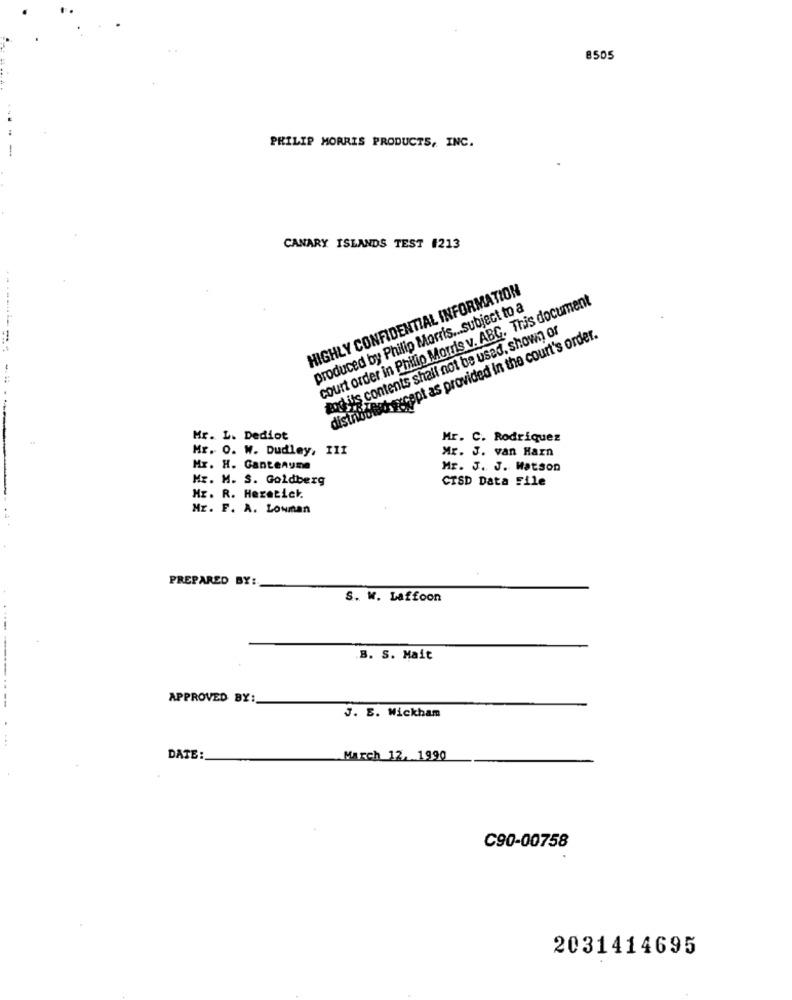
8505
PHILIP MORRIS PRODUCTS, INC.
CANARY ISLANDS TEST 1213
HIGHLY CONFIDENTIAL INFORMATION
court order in Philip Morris v. ABG. This document
produced by Philip Morris ... subject to a
and its contents shall not be used, shown or
--------
distriodtud accept as provided in the court's order.
Mr. L. Dediot
Mr. C. Rodriquez
Mr. O. W. Dudley, III
Mr. J. van Harn
Hr. H. Gantenume
Mr. J. J. Watson
Mr. M. S. Goldberg
CTSD Data File
Mr. R. Heretick.
Mr. F. A. Lowman
PREPARED BY:
S. W. Laffoon
.B. S. Mait
APPROVED BY:
--
J. B. Wickham
...
DATE:
March 12, 1990
C90-00758
2031414695